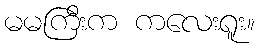
မမကြီးက ကလေးရူး။